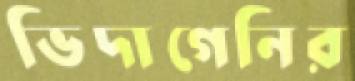
ভিদাগেনির